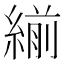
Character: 𦂒